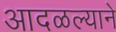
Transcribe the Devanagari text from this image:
आदळल्याने